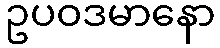
ဥပဝဒမာနော